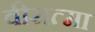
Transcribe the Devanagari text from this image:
वीरात्मा